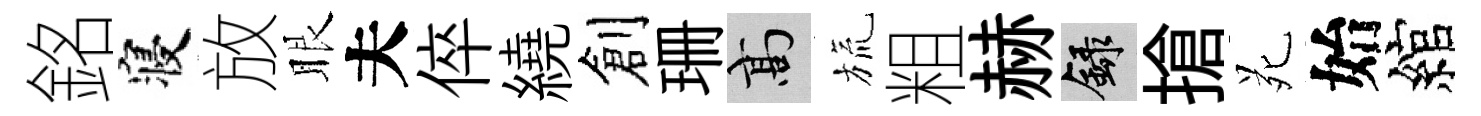
銘寝放眼夫倅繞創珊高旒粗赫録搶苑始綰